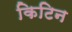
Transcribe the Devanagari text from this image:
किटिन